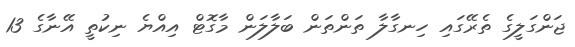
ޖަންގަލީގެ ތެރޭގައި ހިނގާލާ ތަންތަން ބަލާލަން މާގޮޓް އިއްޔެ ނިކުތީ އޭނާގެ 13